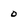
Character: 0